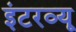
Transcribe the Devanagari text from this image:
इंटरव्‍यू